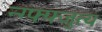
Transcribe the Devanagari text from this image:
न्ग्फ्फ्जुत्य